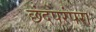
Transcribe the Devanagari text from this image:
छंदपरंपरा